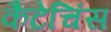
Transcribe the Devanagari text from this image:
कैटेचिंस